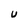
Character: U